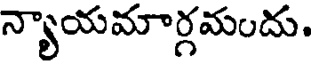
న్యాయమార్గమందు.